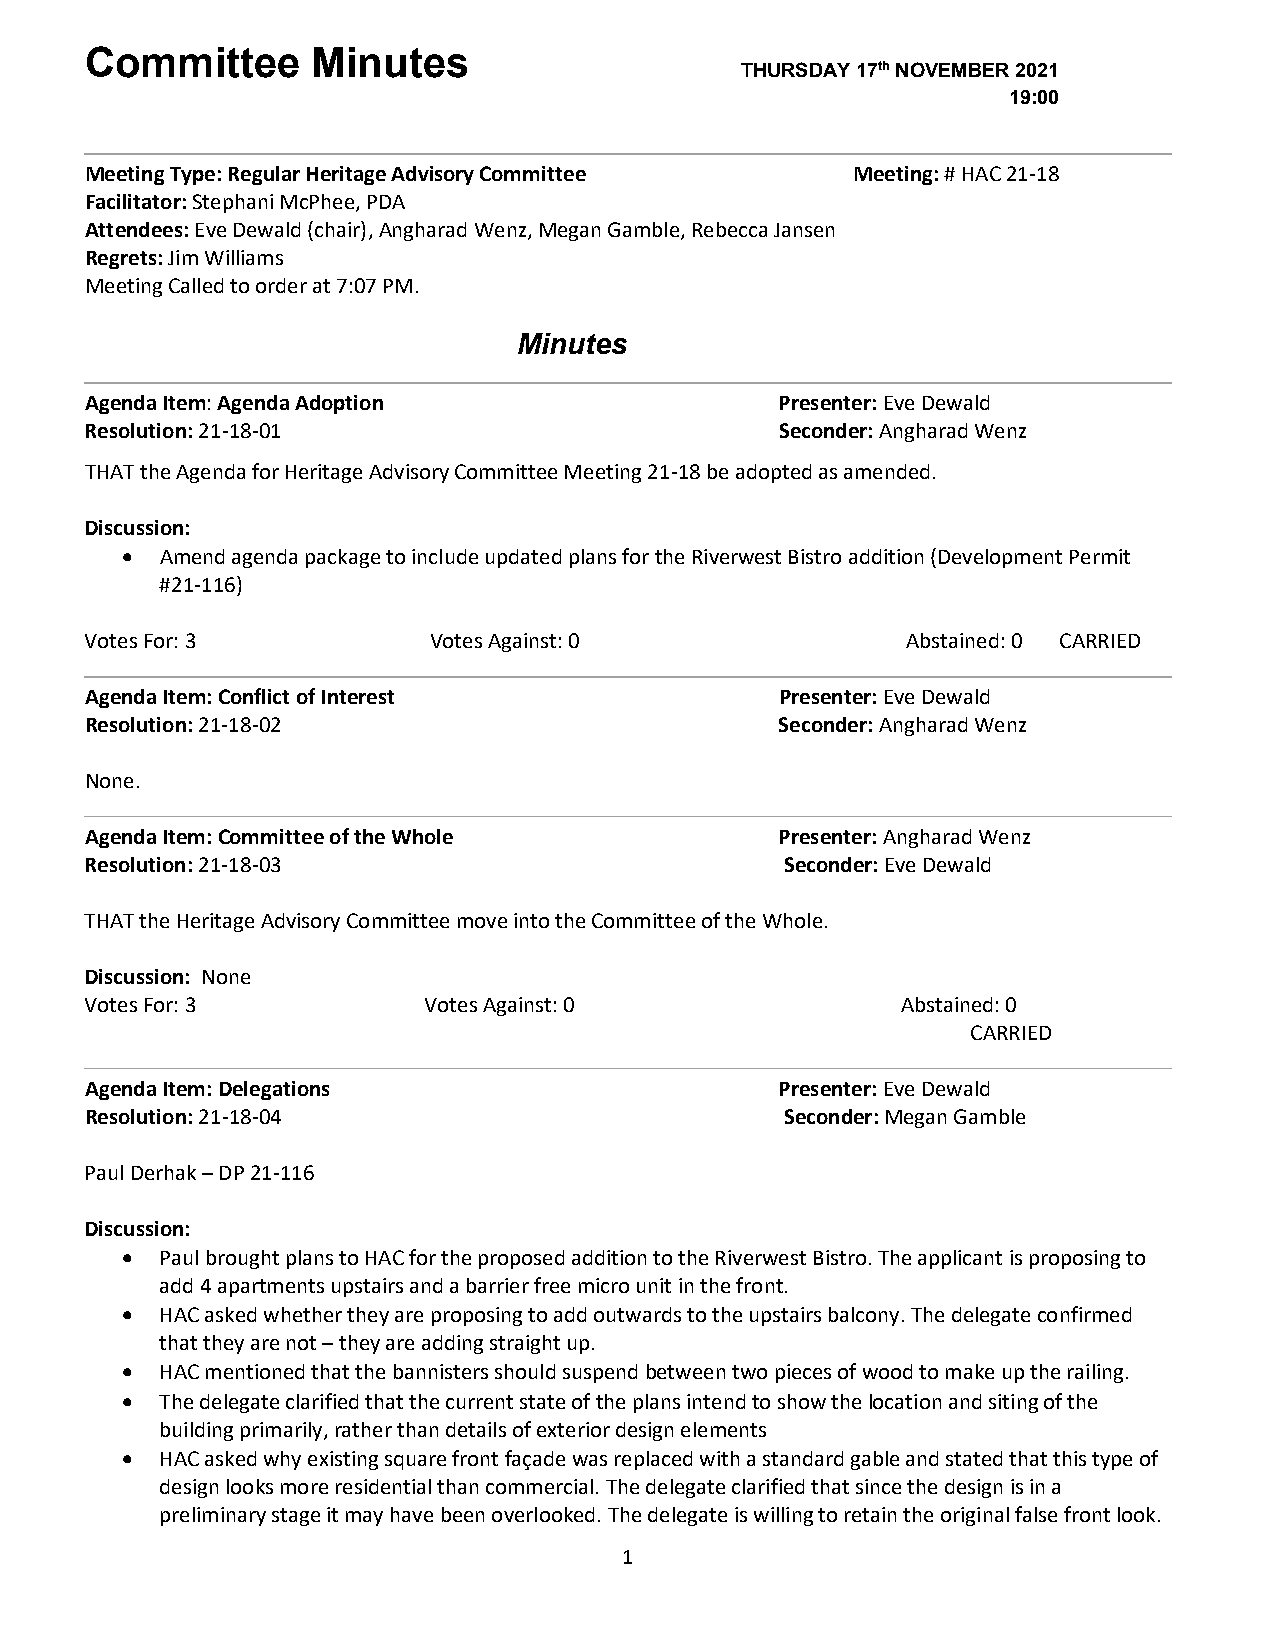
Committee      Minutes
 THURSDAY 17th NOVEMBER 2021
 19:00
 Meeting Type: Regular Heritage Advisory Committee Meeting: # HAC 21-18
 Facilitator: Stephani McPhee, PDA
 Attendees: Eve Dewald (chair), Angharad Wenz, Megan Gamble, Rebecca Jansen
 Regrets: Jim Williams
 Meeting Called to order at 7:07 PM.
 Minutes
 Agenda Item: Agenda Adoption                  Presenter: Eve Dewald
 Resolution: 21-18-01                          Seconder: Angharad Wenz
 THAT the Agenda for Heritage Advisory Committee Meeting 21-18 be adopted as amended.
 Discussion:
 •  Amend agenda package to include updated plans for the Riverwest Bistro addition (Development Permit
 #21-116)
 Votes For: 3          Votes Against: 0                Abstained: 0 CARRIED
 Agenda Item: Conflict of Interest             Presenter: Eve Dewald
 Resolution: 21-18-02                          Seconder: Angharad Wenz
 None.
 Agenda Item: Committee of the Whole           Presenter: Angharad Wenz
 Resolution: 21-18-03                          Seconder: Eve Dewald
 THAT the Heritage Advisory Committee move into the Committee of the Whole.
 Discussion: None
 Votes For: 3          Votes Against: 0                Abstained: 0
 CARRIED
 Agenda Item: Delegations                      Presenter: Eve Dewald
 Resolution: 21-18-04                          Seconder: Megan Gamble
 Paul Derhak – DP 21-116
 Discussion:
 •  Paul brought plans to HAC for the proposed addition to the Riverwest Bistro. The applicant is proposing to
 add 4 apartments upstairs and a barrier free micro unit in the front.
 •  HAC asked whether they are proposing to add outwards to the upstairs balcony. The delegate confirmed
 that they are not – they are adding straight up.
 •  HAC mentioned that the bannisters should suspend between two pieces of wood to make up the railing.
 •  The delegate clarified that the current state of the plans intend to show the location and siting of the
 building primarily, rather than details of exterior design elements
 •  HAC asked why existing square front façade was replaced with a standard gable and stated that this type of
 design looks more residential than commercial. The delegate clarified that since the design is in a
 preliminary stage it may have been overlooked. The delegate is willing to retain the original false front look.
 1